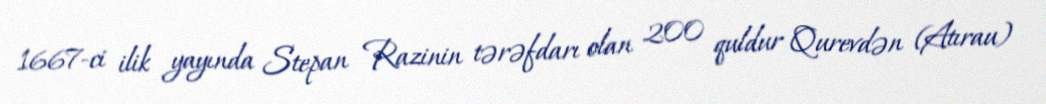
1667-ci ilik yayında Stepan Razinin tərəfdarı olan 200 quldur Qurevdən (Atırau)